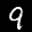
Label: 9